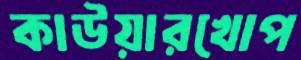
কাউয়ারখোপ